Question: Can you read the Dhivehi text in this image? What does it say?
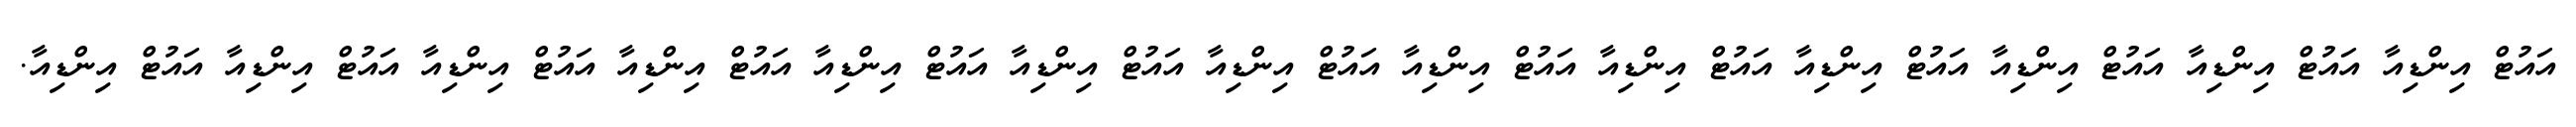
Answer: އައުޓް އިންޑިއާ އައުޓް އިންޑިއާ އައުޓް އިންޑިއާ އައުޓް އިންޑިއާ އައުޓް އިންޑިއާ އައުޓް އިންޑިއާ އައުޓް އިންޑިއާ އައުޓް އިންޑިއާ އައުޓް އިންޑިއާ އައުޓް އިންޑިއާ އައުޓް އިންޑިއާ އައުޓް އިންޑިއާ އައުޓް އިންޑިއާ.